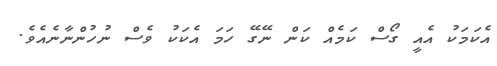
އެކަމަކު އެއީ ގޯސް ކަމެއް ކަން ނޭގޭ ހަމަ އެކަކު ވެސް ނުހުންނާނެއެވެ.